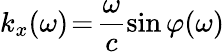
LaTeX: k_{x}(\omega)\! =\! \frac{\omega}{c}\sin{\varphi(\omega)}